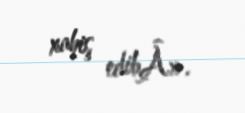
xahiş edibÂ».